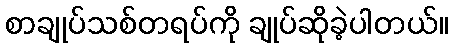
စာချုပ်သစ်တရပ်ကို ချုပ်ဆိုခဲ့ပါတယ်။